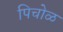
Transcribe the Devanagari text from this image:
पिचोळ